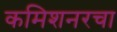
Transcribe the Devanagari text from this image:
कमिशनरचा